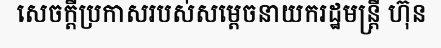
សេចក្តីប្រកាសរបស់សម្តេចនាយករដ្ឋមន្ត្រី ហ៊ុន